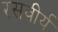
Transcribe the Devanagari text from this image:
रसवीर्य